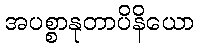
အပစ္စာနုတာပိနိယော